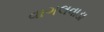
વાગલવાડા